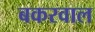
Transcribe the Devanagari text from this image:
बकरवाल